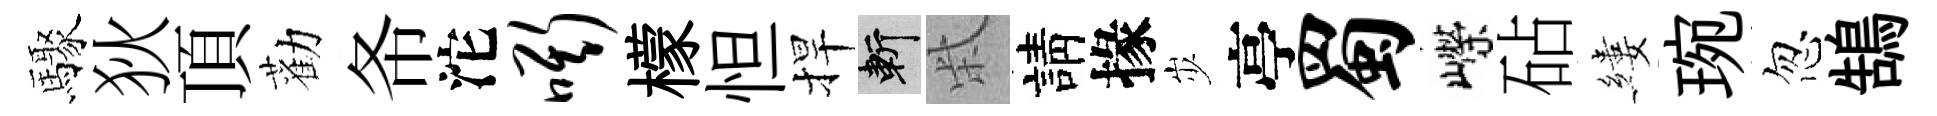
驟狄頂勸𢁙沱嘶檬怛捍斬柴請掾𡵯亭蜀嶸砧縷琬忽鵠